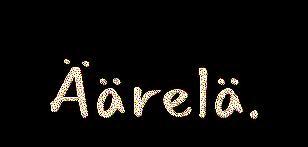
Äärelä.